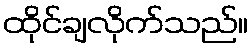
ထိုင်ချလိုက်သည်။